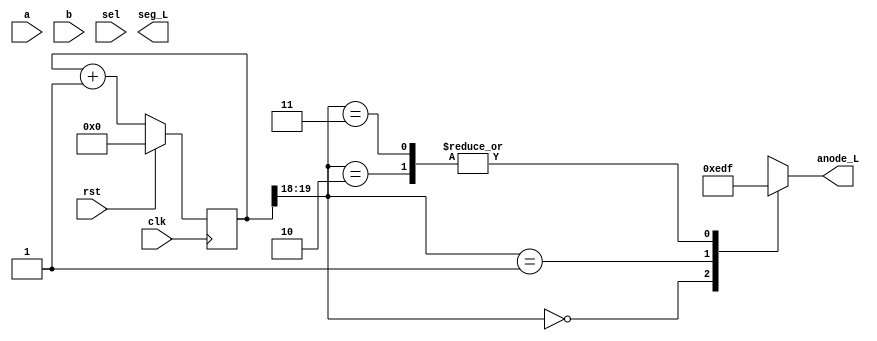
module segtoggle(
    input [3:0] a,
    input [3:0] b,
    input clk,
    input rst,
    input sel,
    output reg [6:0] seg_L,
    output reg [3:0] anode_L    // needed to select the correct 7 seg display
    );

	wire [1:0] seg7_clk;
    wire [7:0] x, res;

	reg [19:0] count;      
    reg [3:0] selnum;

    // This always block and the following assign statement generate
    //      The Two bit SLOW clock, from the 100MHz system clock (clk) for the 7 seg anodes
    always@(posedge(clk))
	   if (rst)        // rst is the middle push button
		  count <= 20'b0;
	   else
		  count <= count+1'b1;
		  
	assign seg7_clk = count[19:18];	  // select the 2 MSBs to drive the 7 seg anodes
	assign x = (sel) ? {benchNo_10, benchNo_1} : res;
	
	// This always block generates
	//     1. The value displayed on each 7-seg display (selnum[3:0]) 	  
	//     2. The one-hot active low 7 seg display anode select signals (anode_L[3:0]
    always @ *          
    begin
        anode_L=4'b1111;       // all off
        case (seg7_clk)    
            	2'd0 :  begin
                        anode_L=4'b1110;
                        selnum = x[3:0];
                    end
            	2'd1 :  begin
                        anode_L=4'b1101;
                        selnum = x[7:4];
                    end
            	2'd2 :  begin
                        //anode_L=4'b1011;
                        anode_L=4'b1111;    // all off
                        selnum = 4'd0;
                    end
            	2'd3 :  begin
                        //anode_L=4'b0111;
                        anode_L=4'b1111;    // all off
                        selnum = 4'd0;
                    end
        endcase
    end

	

// **************** Do NOT modify the code above ****************** //

// Enter your Bench Number here. If required, add the offset given
    wire [3:0] benchNo_10 = 4'd0;  // Enter the tens digit of YOUR bench number
    wire [3:0] benchNo_1 = 4'd0;   // Enter the ones digit of YOUR bench number

// Generate the 8-bit product of a and b
    //assign res = a * b;   // generate the 8-bit product. 

// COPY YOUR ALWAYS BLOCK HERE AND USE "selnum" AS THE CASE CONDITION

 
endmodule